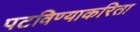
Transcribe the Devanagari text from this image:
पटविण्याकरिता